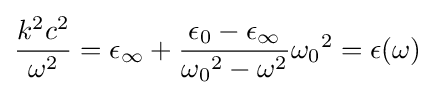
{\frac {k^{2}c^{2}}{\omega ^{2}}}=\epsilon _{\infty }+{\frac {\epsilon _{0}-\epsilon _{\infty }}{{\omega _{0}}^{2}-\omega ^{2}}}{\omega _{0}}^{2}=\epsilon (\omega )